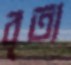
বৃত্য